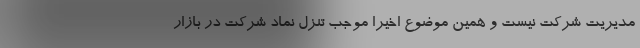
مدیریت شرکت نیست و همین موضوع اخیراً موجب تنزل نماد شرکت در بازار